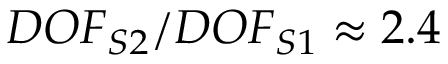
D O F _ { S 2 } / D O F _ { S 1 } \approx 2 . 4